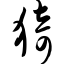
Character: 猗